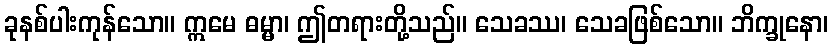
ခုနစ်ပါးကုန်သော။ ဣမေ ဓမ္မာ၊ ဤတရားတို့သည်။ သေခဿ၊ သေခဖြစ်သော။ ဘိက္ခုနော၊